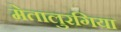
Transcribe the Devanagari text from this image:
मेतालुरगिया